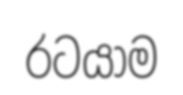
රටයාම